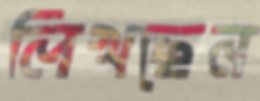
লিখছেন